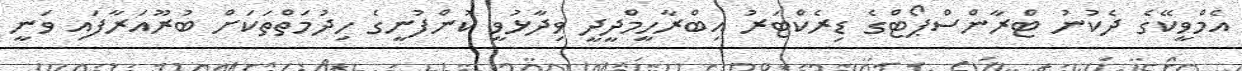
އެމްވީކޭގެ ދެކުނު ޓްރާންސްޕޯޓްގެ ޑިރެކްޓަރު އިބްރާހީމްދީދީ ވިދާޅުވީ ކުންފުނީގެ ހިދުމަތްތަކަށް ބުރޫއަރާފައި ވަނީ